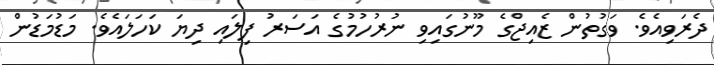
ދެރަވިއެވެ. ވަގުތުން ޒެއިޖްގެ މޫނުގައިވި ނުރުހުމުގެ އަސަރު ފިލައި ދިޔަ ކަހަލައެވެ. މަޑުމަޑުން